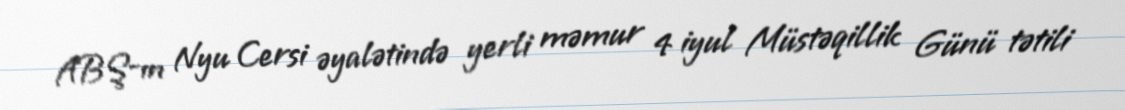
ABŞ-ın Nyu Cersi əyalətində yerli məmur 4 iyul Müstəqillik Günü tətili